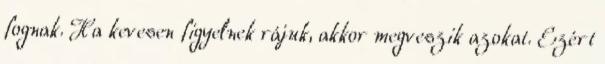
fognak. Ha kevesen figyelnek rájuk, akkor megveszik azokat. Ezért